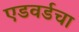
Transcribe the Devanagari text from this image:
एडवर्डचा